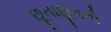
છૂતાછૂતનો